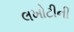
લખોટીની